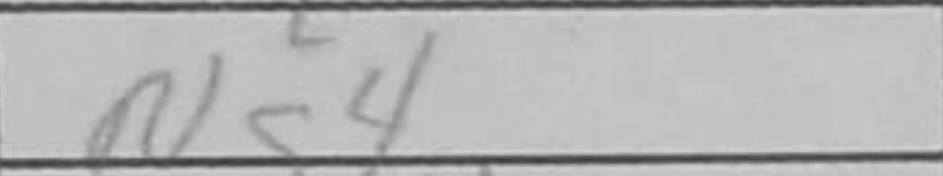
Transcription: Ng4